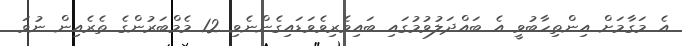
އެ މަގާމަށް އިންތިހާބުވީ އެ ބައްދަލުވުމުގައި ބައިވެރިވެވަޑައިގެންނެވި 12 މެމްބަރުންގެ ތެރެއިން ނުވަ